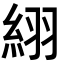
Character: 䋚